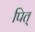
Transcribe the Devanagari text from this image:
पित्‌